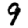
Digit: 9